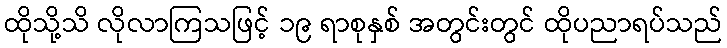
ထိုသို့သိ လိုလာကြသဖြင့် ၁၉ ရာစုနှစ် အတွင်းတွင် ထိုပညာရပ်သည်